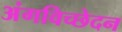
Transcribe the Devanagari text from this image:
अंगविच्छेदन